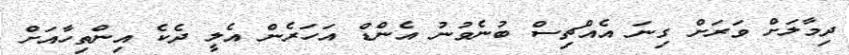
ދިމާލަށް ވަރަށް ގިނަ އެއްޗިސް ބުނެވުނު އެންޑް އަހަރެން އެލީ ދެކެ އިންތިހާއަށް